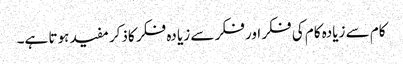
کام سے زیادہ کام کی فکر اور فکر سے زیا دہ فکر کاذکر مفید ہوتا ہے۔